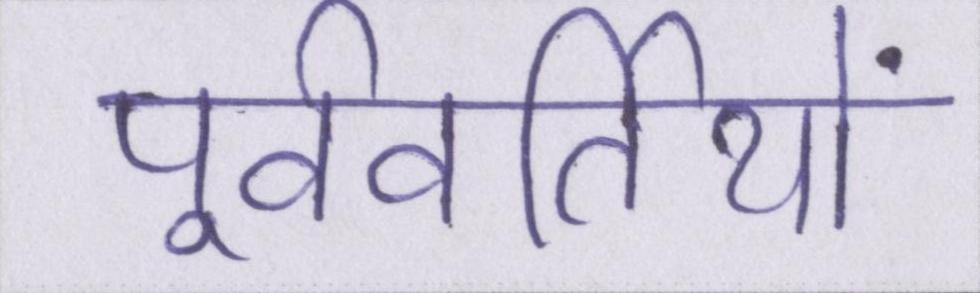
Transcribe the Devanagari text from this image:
पूर्ववर्तियों